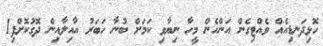
ހޮޅިދަނޑިއެއް ވެއްޓިގެން އަންހެން މީހާ ނިޔާވި ކަމަށް ބުނާ ހަބަރު އާއިލާއިން ދޮގުކޮށްފި1